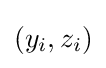
(y_{i},z_{i})